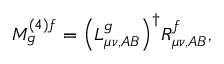
M _ { g } ^ { ( 4 ) f } = { \left( L _ { \mu \nu , A B } ^ { g } \right) } ^ { \dagger } R _ { \mu \nu , A B } ^ { f } ,